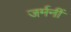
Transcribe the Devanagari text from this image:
जर्मनीं